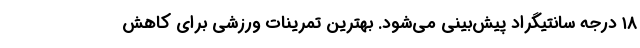
۱۸ درجه سانتیگراد پیش‌بینی می‌شود. بهترین تمرینات ورزشی برای کاهش